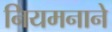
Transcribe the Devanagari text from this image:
नियमनाने